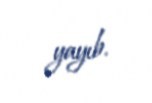
yayıb.